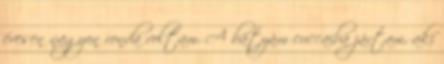
évesen nagyon ronda voltam. A bátyám cuccaiba jártam, aki